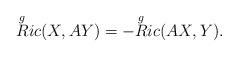
LaTeX: \begin{align*}\overset{g}{R}ic(X,AY) = - \overset{g}{R}ic(AX,Y).\end{align*}